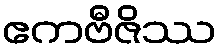
ဧကဗီဇိဿ